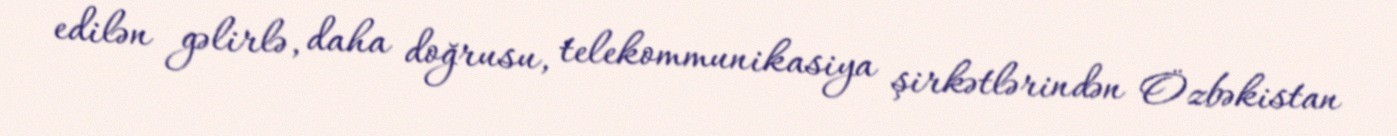
edilən gəlirlə, daha doğrusu, telekommunikasiya şirkətlərindən Özbəkistan